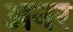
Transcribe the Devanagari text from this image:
अनर